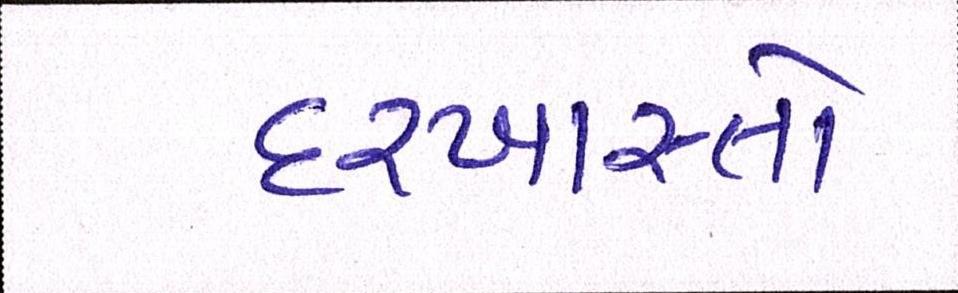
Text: દરખાસ્તો